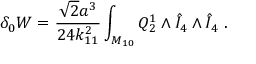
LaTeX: \delta _ { 0 } W = { \frac { \sqrt 2 a ^ { 3 } } { 2 4 k _ { 1 1 } ^ { 2 } } } \int _ { M _ { 1 0 } } Q _ { 2 } ^ { 1 } \wedge { \hat { I } } _ { 4 } \wedge { \hat { I } } _ { 4 } \ .